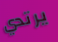
يرتدي